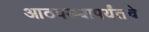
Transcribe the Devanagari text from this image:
आठवड्यापर्यंतचे